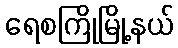
ရေစကြိုမြို့နယ်